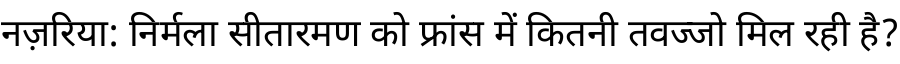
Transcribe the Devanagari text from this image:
नज़रिया: निर्मला सीतारमण को फ्रांस में कितनी तवज्जो मिल रही है?